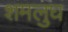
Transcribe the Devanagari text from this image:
शमलुघ